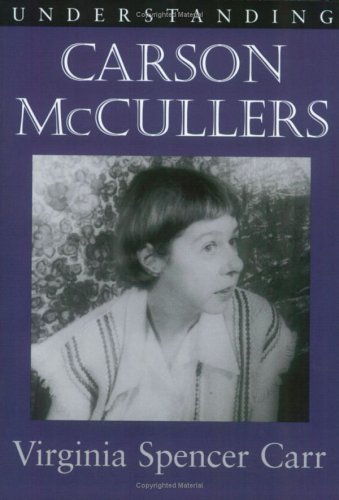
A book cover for Understanding Carson McCullers (Understanding Contemporary American Literature); Virginia Spencer Carr; Gay & Lesbian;